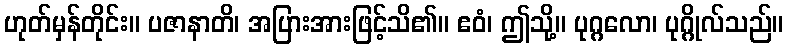
ဟုတ်မှန်တိုင်း။ ပဇာနာတိ၊ အပြားအားဖြင့်သိ၏။ ဧဝံ၊ ဤသို့။ ပုဂ္ဂလော၊ ပုဂ္ဂိုလ်သည်။